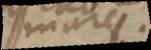
mare